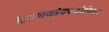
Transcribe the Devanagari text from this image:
ट्रिस्कायडेकाफोबिया